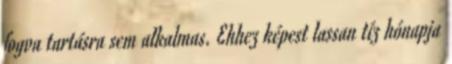
fogva tartásra sem alkalmas. Ehhez képest lassan tíz hónapja